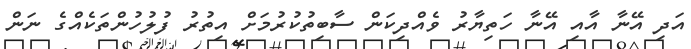
އަދި އޭނާ އާއި އޭނާ ހަތިޔާރު ވެއްދިކަން ސާބިތުކުރުމަށް އިތުރު ފުލުހުންތަކެއްގެ ނަން